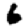
Digit: 6